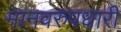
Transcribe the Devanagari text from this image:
मानवरुपधारी